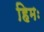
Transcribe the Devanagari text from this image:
हिमः